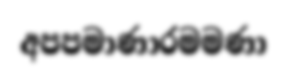
අපපමාණාරමමණා